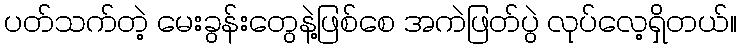
ပတ်သက်တဲ့ မေးခွန်းတွေနဲ့ဖြစ်စေ အကဲဖြတ်ပွဲ လုပ်လေ့ရှိတယ်။